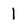
Character: I